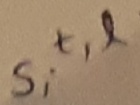
Text: S,t,l